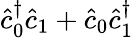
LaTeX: \hat{c}_{0}^{\dagger}\hat{c}_{1}+\hat{c}_{0}\hat{c}_{1}^{\dagger}